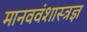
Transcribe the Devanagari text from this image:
मानववंशास्त्रज्ञ